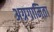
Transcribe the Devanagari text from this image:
अग्रगामिता